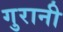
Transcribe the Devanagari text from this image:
गुरानी